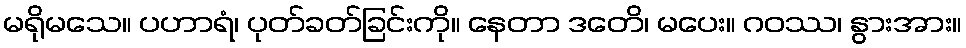
မရိုမသေ။ ပဟာရံ၊ ပုတ်ခတ်ခြင်းကို။ နေတာ ဒတေိ၊ မပေး။ ဂဝဿ၊ နွားအား။